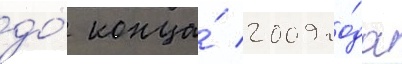
до́ конца́ 2009 го́да